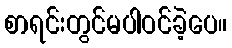
စာရင်းတွင်မပါဝင်ခဲ့ပေ။